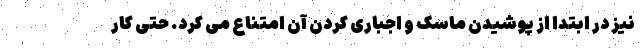
نیز در ابتدا از پوشیدن ماسک و اجباری کردن آن امتناع می کرد. حتی کار